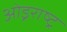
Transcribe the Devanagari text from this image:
ओड्रराष्ट्र